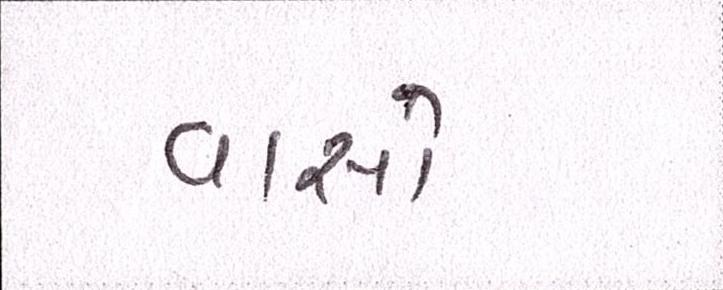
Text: વાસો